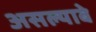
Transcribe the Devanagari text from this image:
असल्याबे